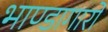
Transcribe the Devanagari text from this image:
भाण्डागारों